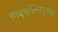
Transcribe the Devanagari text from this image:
निवृत्तिमार्गी।